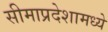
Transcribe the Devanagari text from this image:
सीमाप्रदेशामध्ये